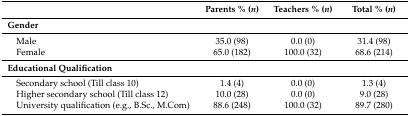
<table><thead><tr><td></td><td><b>Parents % (<i>n</i>)</b></td><td><b>Teachers % (<i>n</i>)</b></td><td><b>Total % (<i>n</i>)</b></td></tr></thead><tbody><tr><td><b>Gender</b></td><td></td><td></td><td></td></tr><tr><td> Male</td><td>35.0 (98)</td><td>0.0 (0)</td><td>31.4 (98)</td></tr><tr><td> Female</td><td>65.0 (182)</td><td>100.0 (32)</td><td>68.6 (214)</td></tr><tr><td><b>Educational Qualification</b></td><td></td><td></td><td></td></tr><tr><td> Secondary school (Till class 10)</td><td>1.4 (4)</td><td>0.0 (0)</td><td>1.3 (4)</td></tr><tr><td> Higher secondary school (Till class 12)</td><td>10.0 (28)</td><td>0.0 (0)</td><td>9.0 (28)</td></tr><tr><td> University qualification (e.g., B.Sc., M.Com)</td><td>88.6 (248)</td><td>100.0 (32)</td><td>89.7 (280)</td></tr></tbody></table>